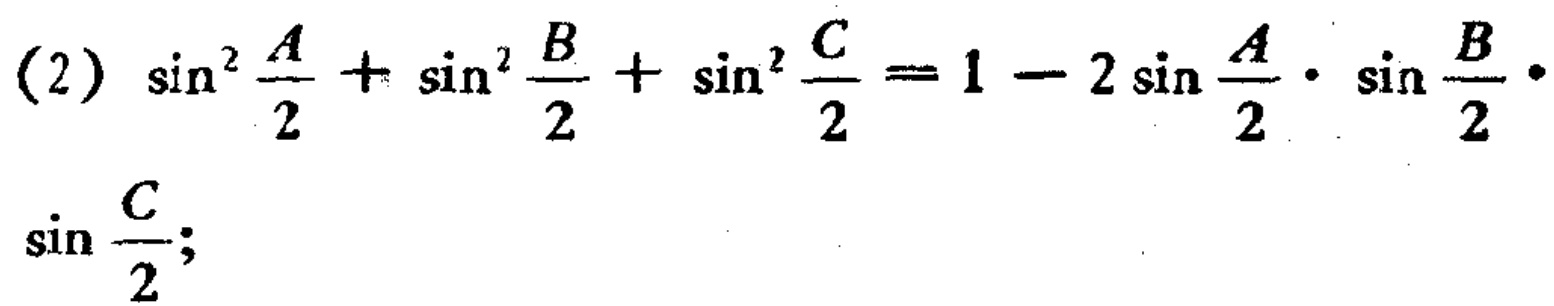
\[(2)\ \sin^{2}\frac{A}{2}+\sin^{2}\frac{B}{2}+\sin^{2}\frac{C}{2}=1 - 2\sin\frac{A}{2}\cdot\sin\frac{B}{2}\cdot\sin\frac{C}{2};\]